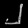
Digit: ၂